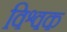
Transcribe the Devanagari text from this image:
विश्वक